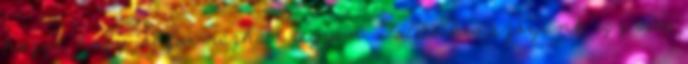
hozzá, hogy jól formázható legyen. Folpackra szórjunk egy adag